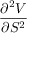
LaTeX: \frac { \partial ^ { 2 } V } { \partial S ^ { 2 } }